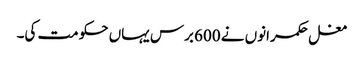
مغل حکمرانوں نے 600 برس یہاں حکومت کی۔